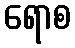
ရောစ